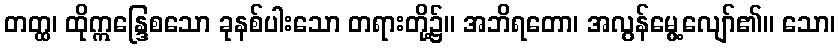
တတ္ထ၊ ထိုဣန္ဒြေစသော ခုနစ်ပါးသော တရားတို့၌။ အဘိရတော၊ အလွန်မွေ့လျော်၏။ သော၊